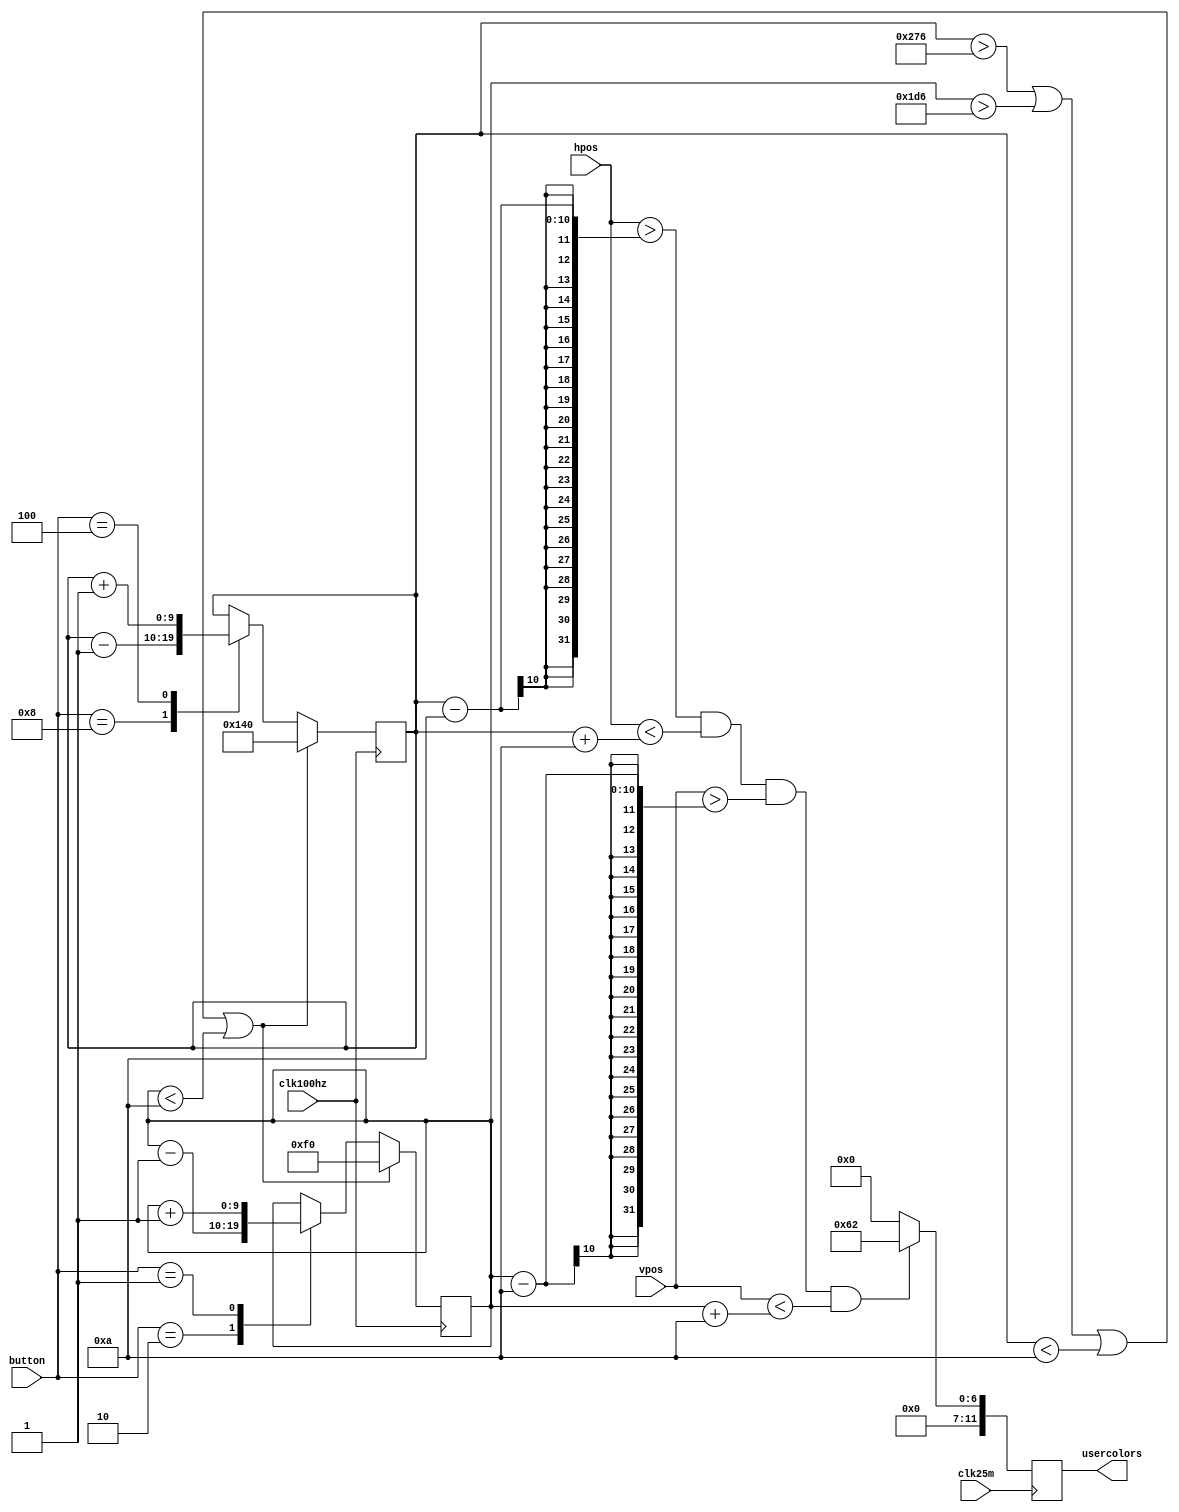
module usermode(clk25m, clk100hz, hpos, vpos, button, usercolors);
   //inputs
   input            clk25m;
   input            clk100hz;
   input [9:0]      hpos;
   input [9:0]      vpos;
   input [4:0]      button;
   
   //outputs
   output [11:0]     usercolors;
   reg [11:0]        usercolors;
   
   reg [9:0]        hmov;
   reg [9:0]        vmov;
	reg [9:0]        hmov1;
   reg [9:0]        vmov1;


  //draw a rectangle   
   always @(posedge clk25m)      
      begin
         if ((hpos > (hmov - 10)) & (hpos < (hmov + 10)) & (vpos > (vmov - 10)) & (vpos < (vmov + 10)))            
            usercolors <= 12'b01100010; //parameter
         else
            usercolors <= 12'b0;
      end
  
  //rectangle movement 
   always @(posedge clk100hz)    
      begin
            if ((hmov > 630) | (vmov > 470) | (hmov < 10) | (vmov < 10))
            begin
               hmov <= 10'b0101000000;
               vmov <= 10'b0011110000;
            end
            else
               case (button)
                  5'b01000 :begin
                     hmov <= hmov - 1;
                  end
						5'b00100 :begin
                     hmov <= hmov + 1;
                  end
						5'b00010 :begin
                     vmov <= vmov - 1;
                  end
						5'b00001 :begin
                     vmov <= vmov + 1;
                  end
						default :
                     ;
               endcase
      end
endmodule